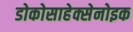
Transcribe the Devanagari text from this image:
डोकोसाहेक्सेनोइक